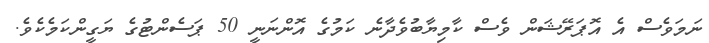
ނަމަވެސް އެ އޮޕަރޭޝަން ވެސް ކާމިޔާބުވެދާނެ ކަމުގެ އޮންނަނީ 50 ޕަސެންޓުގެ ޔަގީންކަމެކެވެ.